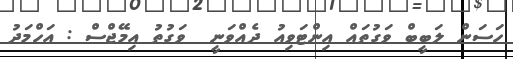
ހަސަން ލަބީބް ވަގުތައް އިންޓަވިއު ދެއްވަނީ  ވަގުތު އިމޭޖްސް : އަހްމަދު